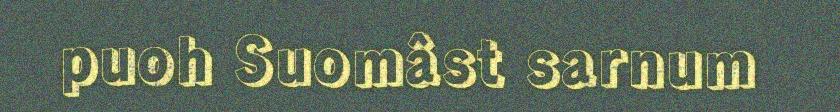
puoh Suomâst sarnum